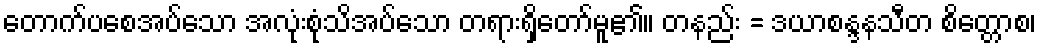
တောက်ပစေအပ်သော အလုံးစုံသိအပ်သော တရားရှိတော်မူ၏။ တနည်း = ဒယာစန္ဒနသီတ စိတ္တောစ၊